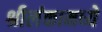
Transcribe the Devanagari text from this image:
श्रीलंकामध्ये